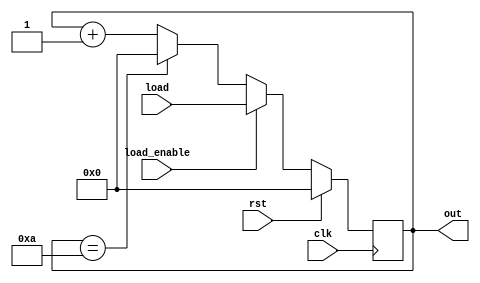
module mod11(load,load_enable,out,clk,rst);
input clk,rst,load_enable;
input [3:0]load;
output reg [3:0]out;
always@(posedge clk)
begin
    if(rst==1)
        out<=0;
    else
    begin
        if(load_enable==1)
            out <=load;
        else if(out==10)
            out<=0;
        else
            out<=out+1;
    end
end
endmodule